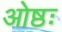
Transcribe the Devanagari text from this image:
ओष्ठः